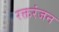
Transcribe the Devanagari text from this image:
रक्तरंजन